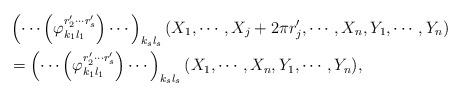
LaTeX: \begin{align*}&\left( \cdots \left( \varphi _{k_1l_1}^{r_2'\cdots r_s'} \right) \cdots \right)_{k_sl_s}(X_1,\cdots, X_j+2\pi r_j',\cdots, X_n,Y_1,\cdots, Y_n) \\&=\left( \cdots \left( \varphi _{k_1l_1}^{r_2'\cdots r_s'} \right) \cdots \right)_{k_sl_s}(X_1,\cdots, X_n,Y_1,\cdots, Y_n), \end{align*}